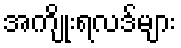
အကျိုးရလဒ်များ